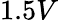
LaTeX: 1.5V